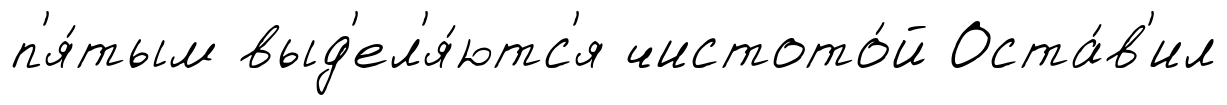
п'я́тым выд'ел'я́ютс'я чистото́й Оста́в'ил